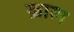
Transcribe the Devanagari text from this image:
ख़ात्म